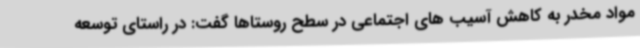
مواد مخدر به کاهش آسیب های اجتماعی در سطح روستاها گفت: در راستای توسعه